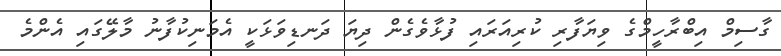
ގާސިމް އިބްރާހީމްގެ ވިޔަފާރި ކުރިއަރައި ފުޅާވެގެން ދިޔަ ދަނޑިވަޅަކީ އެމަނިކުފާނު މާލޭގައި އެންމެ